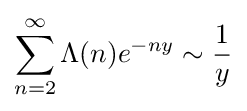
\sum _{n=2}^{\infty }\Lambda (n)e^{-ny}\sim {\frac {1}{y}}